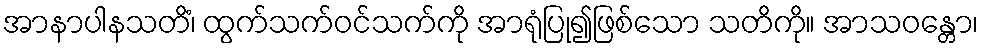
အာနာပါနသတိံ၊ ထွက်သက်ဝင်သက်ကို အာရုံပြု၍ဖြစ်သော သတိကို။ အာသဝန္တော၊